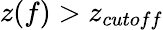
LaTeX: z(f)>z_{cutoff}